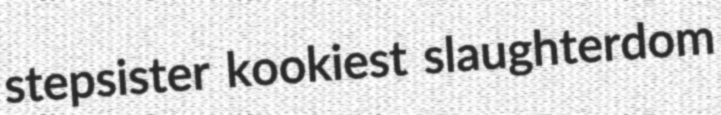
stepsister kookiest slaughterdom